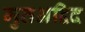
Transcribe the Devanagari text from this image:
मुतअद्दिद